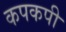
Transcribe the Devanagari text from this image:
कपकपी